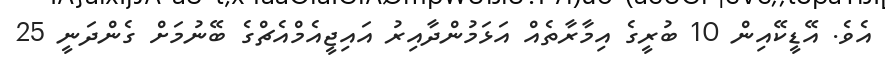
އެވެ. އޭޑީކޭއިން 10 ބުރީގެ އިމާރާތެއް އަޅަމުންދާއިރު އައިޖީއެމްއެޗްގެ ބޭނުމަށް ގެންދަނީ 25